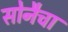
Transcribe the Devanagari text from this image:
सोनैचा